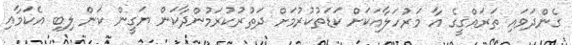
ގެންދަވައި ތަރައްގީގެ އާ މަރުހަލާއަކަށް ކަޑަތުކުރުމަށް ދަތުރުކުރަމުންދާކަން ޔަގީން ކަން ލިބި އެކަމާއި